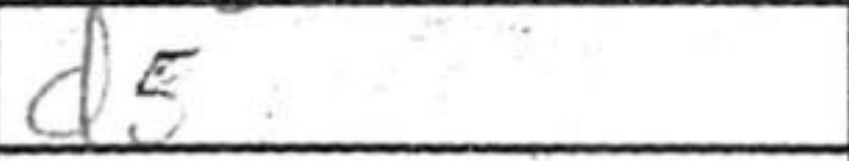
Transcription: d5